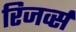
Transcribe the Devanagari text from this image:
रिजर्व्स